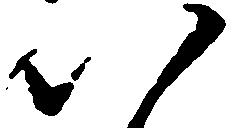
八